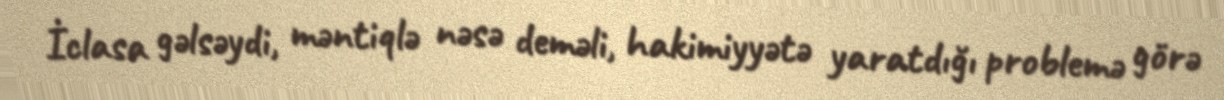
İclasa gəlsəydi, məntiqlə nəsə deməli, hakimiyyətə yaratdığı problemə görə